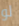
لو